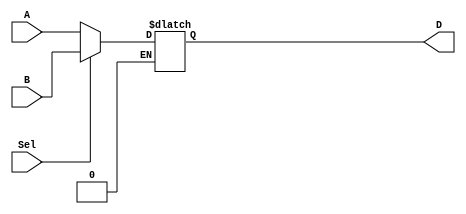
`timescale 1ns / 1ps

// 2->1 MULTIPLEXOR
module MUX2x1 #(parameter DATAWIDTH = 4)(A, B, Sel, D);
	input      [DATAWIDTH-1:0] A, B;
	input                      Sel;
	output reg [DATAWIDTH-1:0] D;

	always @(A,B,Sel) begin
		if (Sel == 1'b0)
			D <= A;
		else if (Sel == 1'b1)
			D <= B;
	end
endmodule